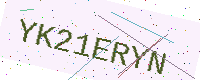
Text: YK21ERYN